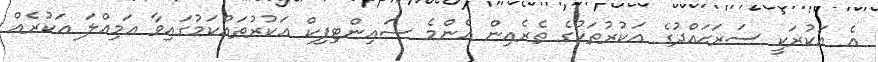
އެ އަކުރަކީ ސަރަޙައްދުގެ އަކުރުތަކުގެ ތެރެއިން އެންމެ ސައިންޓިފިކް އަކުރުތައްކަމުގައިވާ އަމިއްލަ އަކުރެއް